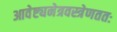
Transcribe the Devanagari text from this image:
आवेष्ट्यनेत्रवस्त्रेणततः